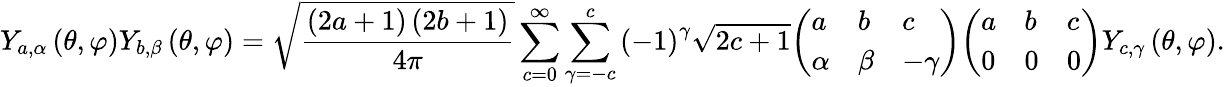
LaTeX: Y_{a,\alpha}\left(\theta,\varphi\right)Y_{b,\beta}\left(\theta,\varphi\right)={\sqrt{\frac{\left(2a+1\right)\left(2b+1\right)}{4\pi}}}\sum_{c=0}^{\infty}\sum_{\gamma=-c}^{c}\left(-1\right)^{\gamma}{\sqrt{2c+1}}{\left(\begin{array}{lll}{a}&{b}&{c}\\ {\alpha}&{\beta}&{-\gamma}\end{array}\right)}{\left(\begin{array}{lll}{a}&{b}&{c}\\ {0}&{0}&{0}\end{array}\right)}Y_{c,\gamma}\left(\theta,\varphi\right).